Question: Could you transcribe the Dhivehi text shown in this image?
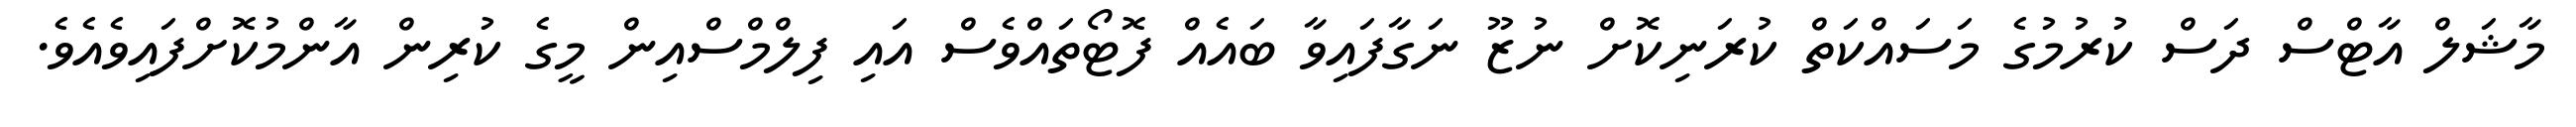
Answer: މާޝަލް އާޓްސް ދަސް ކުރުމުގެ މަސައްކަތް ކުރަނިކޮށް ނުޒޫ ނަގާފައިވާ ބައެއް ފޮޓޯތައްވެސް އައި ފިލްމްސްއިން މީގެ ކުރިން އާންމުކޮށްފައިވެއެވެ.